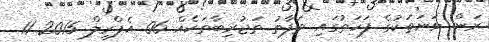
ރަން ވަނަތަކުގެ ފަހަތުގައި ތަފާތު ތަޖުރިބާތަކެއް 06 އެޕްރީލް 2015 11